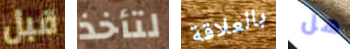
قبل لتأخذ بالعلاقة هل